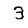
Digit: 3